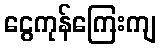
ငွေကုန်ကြေးကျ